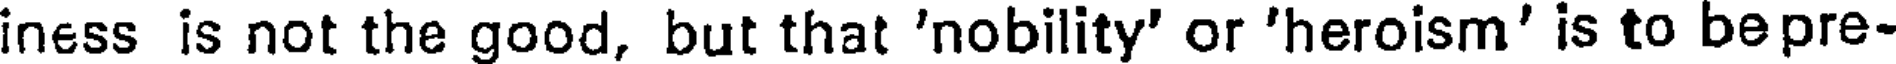
iness is not the good, but that 'nobility' or 'heroism' is to bepre-